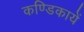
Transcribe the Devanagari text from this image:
कण्डिकायें